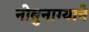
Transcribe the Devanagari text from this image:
नोबुनाग्याने